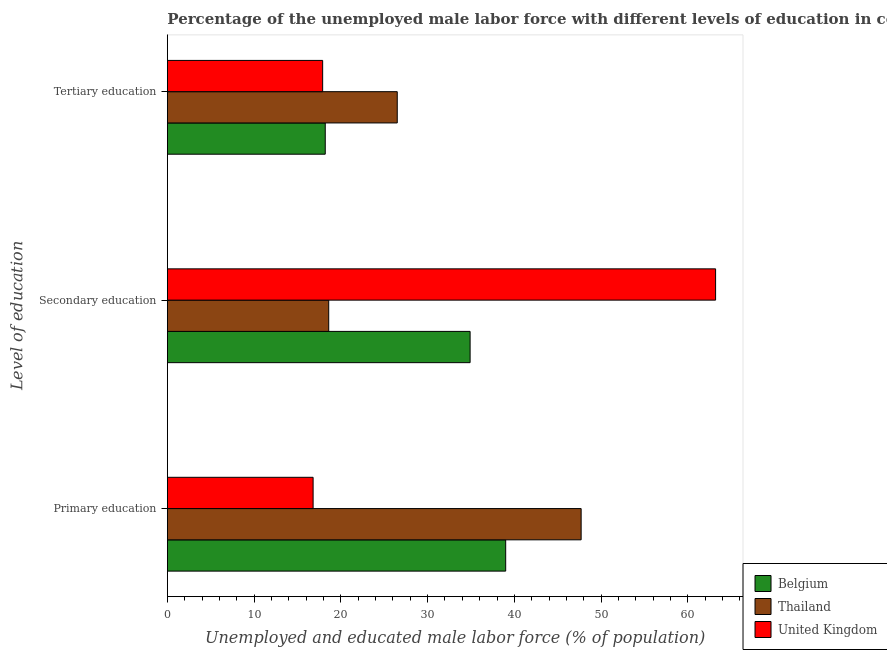
| Level of education | Belgium | Thailand | United Kingdom |
 | --- | --- | --- | --- |
 | Primary education | 39 | 47.7 | 16.8 |
 | Secondary education | 34.9 | 18.6 | 63.2 |
 | Tertiary education | 18.2 | 26.5 | 17.9 |